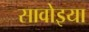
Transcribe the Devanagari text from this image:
सावोइया